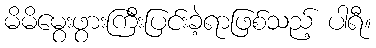
မိမိမွေးဖွားကြီးပြင်းခဲ့ရာဖြစ်သည့် ပါရီ။